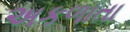
અકળાતા